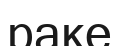
раке